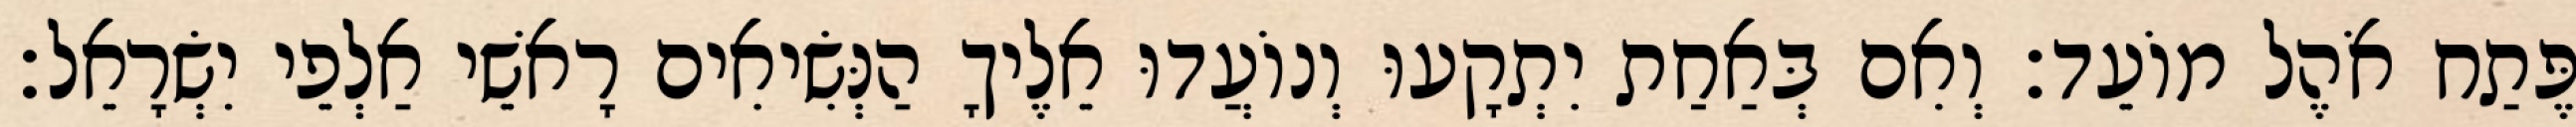
פֶּתַח אֹהֶל מוֹעֵד׃ וְאִם בְּאַחַת יִתְקָעוּ וְנוֹעֲדוּ אֵלֶיךָ הַנְּשִׂיאִים רָאשֵׁי אַלְפֵי יִשְׂרָאֵל׃